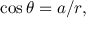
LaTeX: \cos \theta = a / r ,